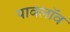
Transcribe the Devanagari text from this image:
पावलॉव